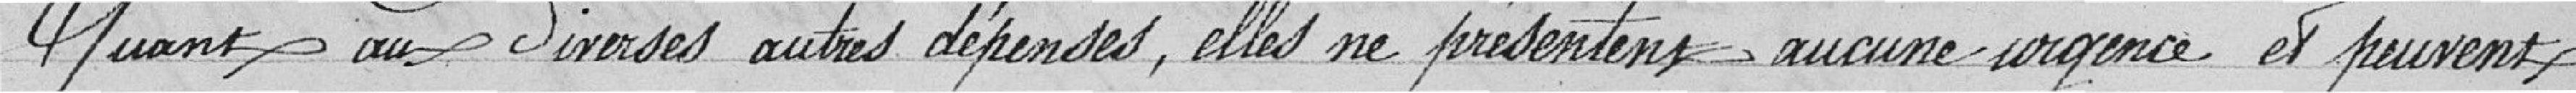
Quant aux diverses autres dépenses, elles ne présentent aucune urgence et peuvent